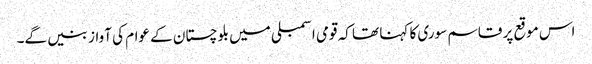
اس موقع پر قاسم سوری کا کہنا تھا کہ قومی اسمبلی میں بلوچستان کے عوام کی آواز بنیں گے۔